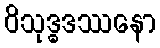
ဝိသုဒ္ဓဒဿနော